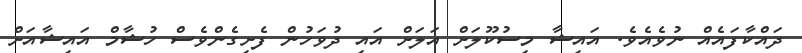
ދައްކާފައެއް ނުވެއެވެ. އައިޝާ މިސުކޫލަށް އަލަށް އައި ދުވަހުން ފެށިގެންވެސް ހުޝާމް އައިޝާއަށް